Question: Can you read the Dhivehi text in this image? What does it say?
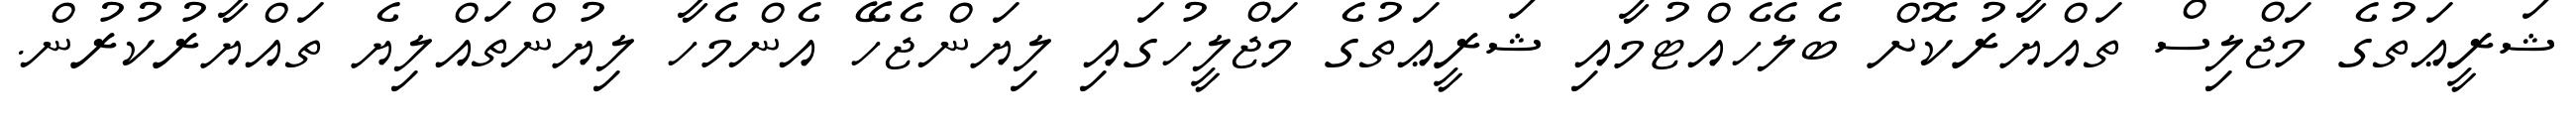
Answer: ޝަރީޢަތުގެ މަޖްލިސް ތައްޔާރުކޮށް ބެލެހެއްޓުމާއި ޝަރީޢަތުގެ މަޖްލީހުގައި ލިޔަންޖެހޭ އެންމެހާ ލިޔުންތައްލިޔެ ތައްޔާރުކުރުން.